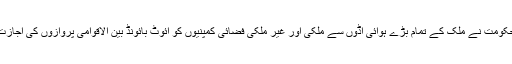
دوسری جانب حکومت نے ملک کے تمام بڑے ہوائی اڈوں سے ملکی اور غیر ملکی فضائی کمپنیوں کو آئوٹ بائونڈ بین الاقوامی پروازوں کی اجازت بھی دیدی ہے۔